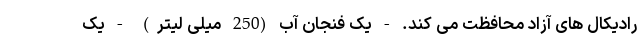
رادیکال های آزاد محافظت می کند. - یک فنجان آب (250 میلی لیتر) - یک